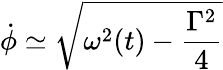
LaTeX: \dot{\phi}\simeq\sqrt{\omega^{2}(t)-\frac{\Gamma^{2}}{4}}